Scottish Leaving Certificate Examination, 1960
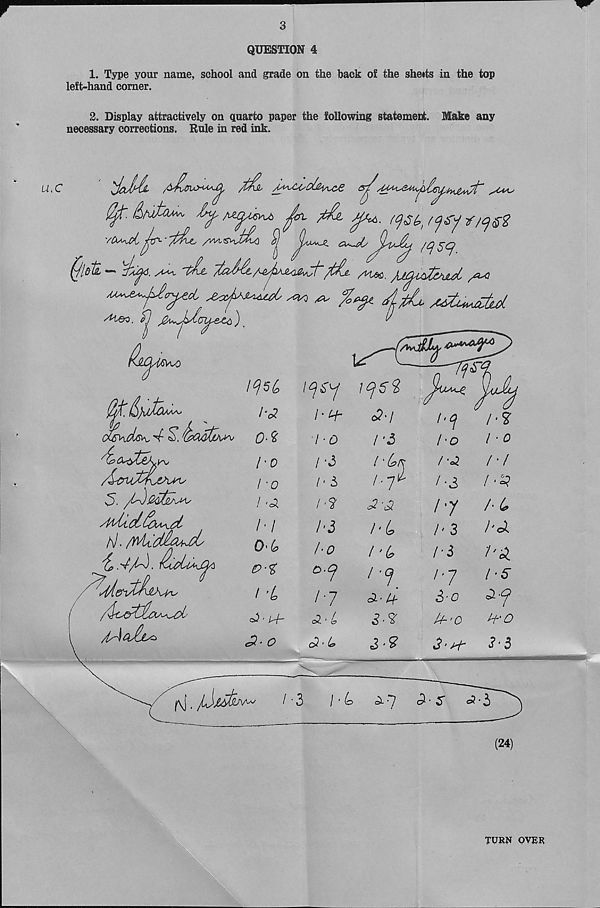
QUESTION 4
1. Type your name, school and grade on the back of the sheets in the top
left-hand corner.
2. Display attractively on quarto paper the following statement. Make any
necessary corrections. Rule in red ink.
,C
'JaMl
M^coolj2^ce
vOs^d|
/qscj
(jlA -
^ 'tit
^
/U^uAaA
<y j2AA(ju^tb)_
V
^5. /tl)
A/.
Ip . V/^'O.
/iAoJju>
l^(o
l'<2
0-%
l ‘ o
I -0
I 'A
/•/
0-6
p-t
I'L
A' a-
c? * O
I ’ H~
1-0
ft
/' 3
/■?
I'3
ho
/7
A'L
£■1*
c2'i
I'3
hU
l.-jh
c2 ’ -Si
hie
l'(e
'1.
a A
3-Z
ACj
ho
/■cl
/•3
/•y
h 3
/'3
/7
3-o
U-'O
3 ■ H"
/•?
/ • £
/■/
/•£?
/•6
/'d
/'5-
/•/■' o
3<3
^\|.
/ ■ 3
/' 4>
ci. •'y
■ 5"
(24)
TURN OVER